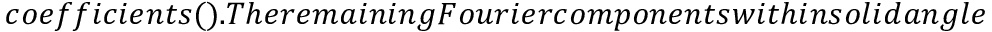
c o e f f i c i e n t s ( ) . T h e r e m a i n i n g F o u r i e r c o m p o n e n t s w i t h i n s o l i d a n g l e